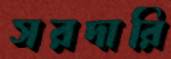
সরদারি